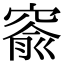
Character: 窬